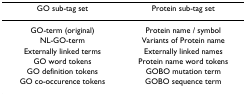
<table><thead><tr><td><b>GO sub-tag set</b></td><td><b>Protein sub-tag set</b></td></tr></thead><tbody><tr><td>GO-term (original)</td><td>Protein name / symbol</td></tr><tr><td>NL-GO-term</td><td>Variants of Protein name</td></tr><tr><td>Externally linked terms</td><td>Externally linked names</td></tr><tr><td>GO word tokens</td><td>Protein name word tokens</td></tr><tr><td>GO definition tokens</td><td>GOBO mutation term</td></tr><tr><td>GO co-occurence tokens</td><td>GOBO sequence term</td></tr></tbody></table>